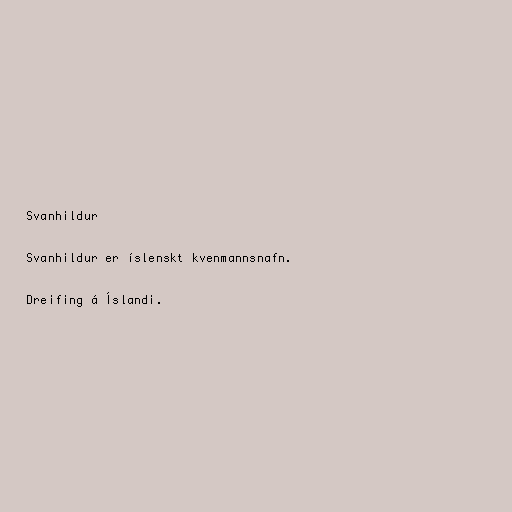
Svanhildur

Svanhildur er íslenskt kvenmannsnafn.

Dreifing á Íslandi.